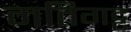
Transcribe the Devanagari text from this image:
मतिगट्ट